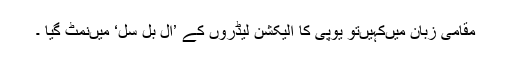
مقامی زبان میںکہیںتو یوپی کا الیکشن لیڈروں کے ’ال بل سل‘ میںنمٹ گیا ۔